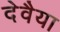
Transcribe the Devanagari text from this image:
देवैया